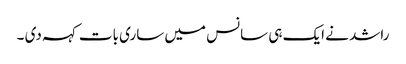
راشد نے ایک ہی سانس میں ساری بات کہہ دی ۔